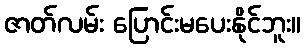
ဇာတ်လမ်း ပြောင်းမပေးနိုင်ဘူး။